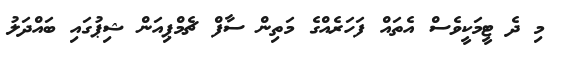
މި ދެ ޓީމަކީވެސް އެތައް ފަހަރެއްގެ މަތިން ސާފް ޗެމްޕިއަން ޝިޕުގައި ބައްދަލު